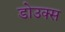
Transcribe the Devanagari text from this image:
डोउक्स